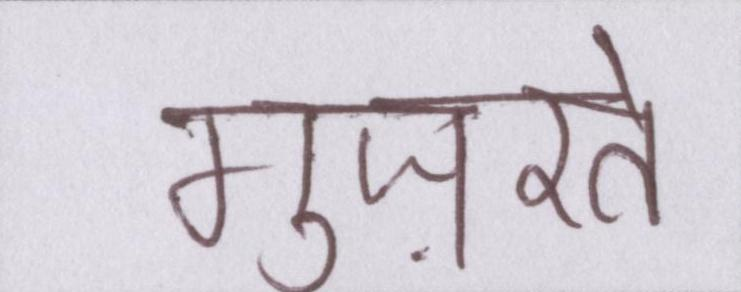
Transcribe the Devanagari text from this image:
गुज़रते